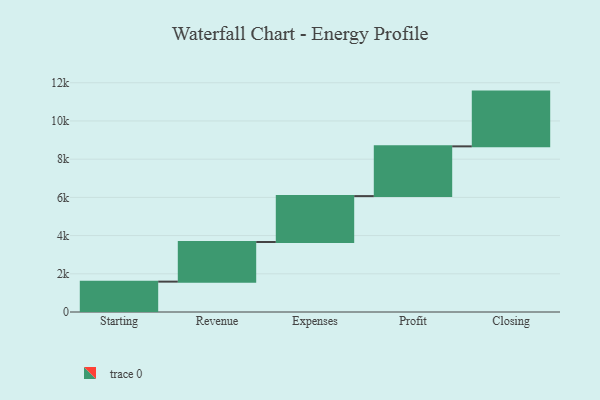
{"axis": {"x": "Step", "y": "Value"}, "legend": [""], "data": [{"x": "Starting", "y": 1590.0, "type": ""}, {"x": "Revenue", "y": 2073.0, "type": ""}, {"x": "Expenses", "y": 2404.0, "type": ""}, {"x": "Profit", "y": 2604.0, "type": ""}, {"x": "Closing", "y": 2866.0, "type": ""}]}